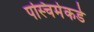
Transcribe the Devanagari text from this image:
पस्चिमेकडे